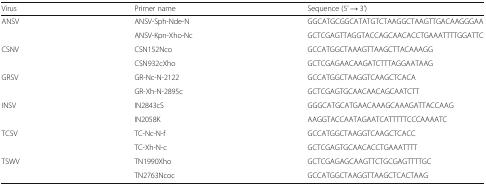
| Virus | Primer name | Sequence (5’ → 3’) |
 | --- | --- | --- |
 | <ROWSPAN=2> ANSV | ANSV-Sph-Nde-N | GGCATGCGGCATATGTCTAAGGCTAAGTTGACAAGGGAA |
 | ANSV-Kpn-Xho-Nc | GCTCGAGTTAGGTACCAGCAACACCTGAAATTTTGGATTC |
 | <ROWSPAN=2> CSNV | CSN152Nco | GCCATGGCTAAAGTTAAGCTTACAAAGG |
 | CSN932cXho | GCTCGAGAACAAGATCTTTAGGAATAAG |
 | <ROWSPAN=2> GRSV | GR-Nc-N-2122 | GCCATGGCTAAGGTCAAGCTCACA |
 | GR-Xh-N-2895c | GCTCGAGTGCAACAACAGCAATCTT |
 | <ROWSPAN=2> INSV | IN2843cS | GGGCATGCATGAACAAAGCAAAGATTACCAAG |
 | IN2058K | AAGGTACCAATAGAATCATTTTTCCCAAAATC |
 | <ROWSPAN=2> TCSV | TC-Nc-N-f | GCCATGGCTAAGGTCAAGCTCACC |
 | TC-Xh-N-c | GCTCGAGTGCAACACCTGAAATTTT |
 | <ROWSPAN=2> TSWV | TN1990Xho | GCTCGAGAGCAAGTTCTGCGAGTTTTGC |
 | TN2763Ncoc | GCCATGGCTAAGGTTAAGCTCACTAAG |